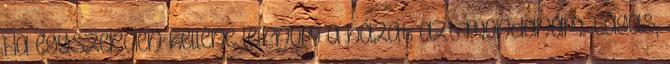
Ha egyszerűen kellene leírnom a házat azt mondanám: tágas,